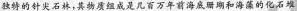
独特的针尖石林，其物质组成是几百万年前海底册爲和海藻的化石堆